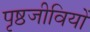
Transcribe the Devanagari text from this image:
पृष्ठजीवियों